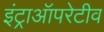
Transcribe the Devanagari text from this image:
इंट्राऑपरेटीव